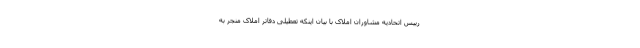
رییس اتحادیه مشاوران املاک با بیان اینکه تعطیلی دفاتر املاک منجر به